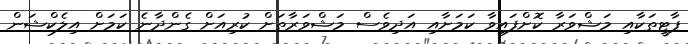
ޕާޓީތަކާއި މަޝްވަރާ ކޮށްފައިވާ ކަމަށާއި އަދިވެސް މަޝްވަރާތަށް ކުރިއަށް ގެންދާނެ ކަމަށް އިލެކްޝަން